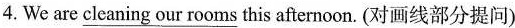
4. We are \underline{ cleaning our rooms } this afternoon. (对画线部分提问)